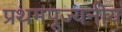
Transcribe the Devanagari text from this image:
प्रथमपूज्यनीय